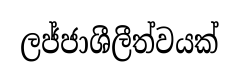
ලජ්ජාශීලීත්වයක්